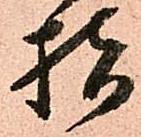
指